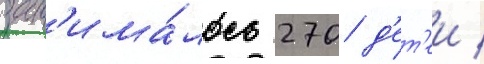
зан'има́лось 270 д'ет'еи /